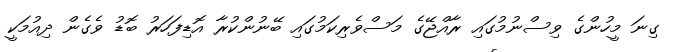
ގިނަ މީހުންގެ ވިސްނުމުގައި ރާއްޖޭގެ މަސްވެރިކަމުގައި ބޭނުންކުރާ އޮޑިފަހަރު ބޮޑު ވެގެން ދިއުމަކީ